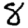
Digit: 8